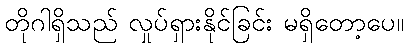
တိုဂါရှိသည် လှုပ်ရှားနိုင်ခြင်း မရှိတော့ပေ။